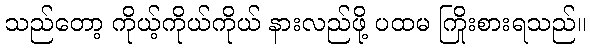
သည်တော့ ကိုယ့်ကိုယ်ကိုယ် နားလည်ဖို့ ပထမ ကြိုးစားရသည်။